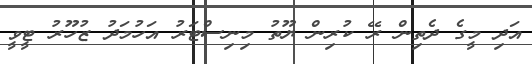
އަދި މީގެ ދެތިން ރޭ ކުރިން ޔޫތު މިނިސްޓަރު އަހުމަދު ޒުހޫރު ޓީވީ